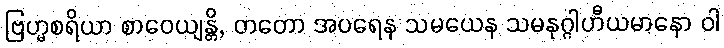
ဗြဟ္မစရိယာ စာဝေယျန္တိ, တတော အပရေန သမယေန သမနုဂ္ဂါဟီယမာနော ဝါ